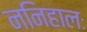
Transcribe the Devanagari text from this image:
ननिहालः